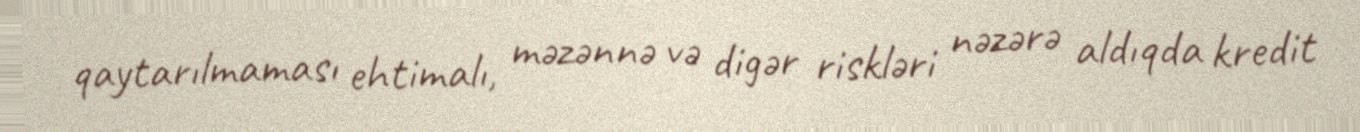
qaytarılmaması ehtimalı, məzənnə və digər riskləri nəzərə aldıqda kredit